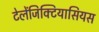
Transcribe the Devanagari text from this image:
टेलेंजिक्टियासियस